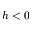
h < 0